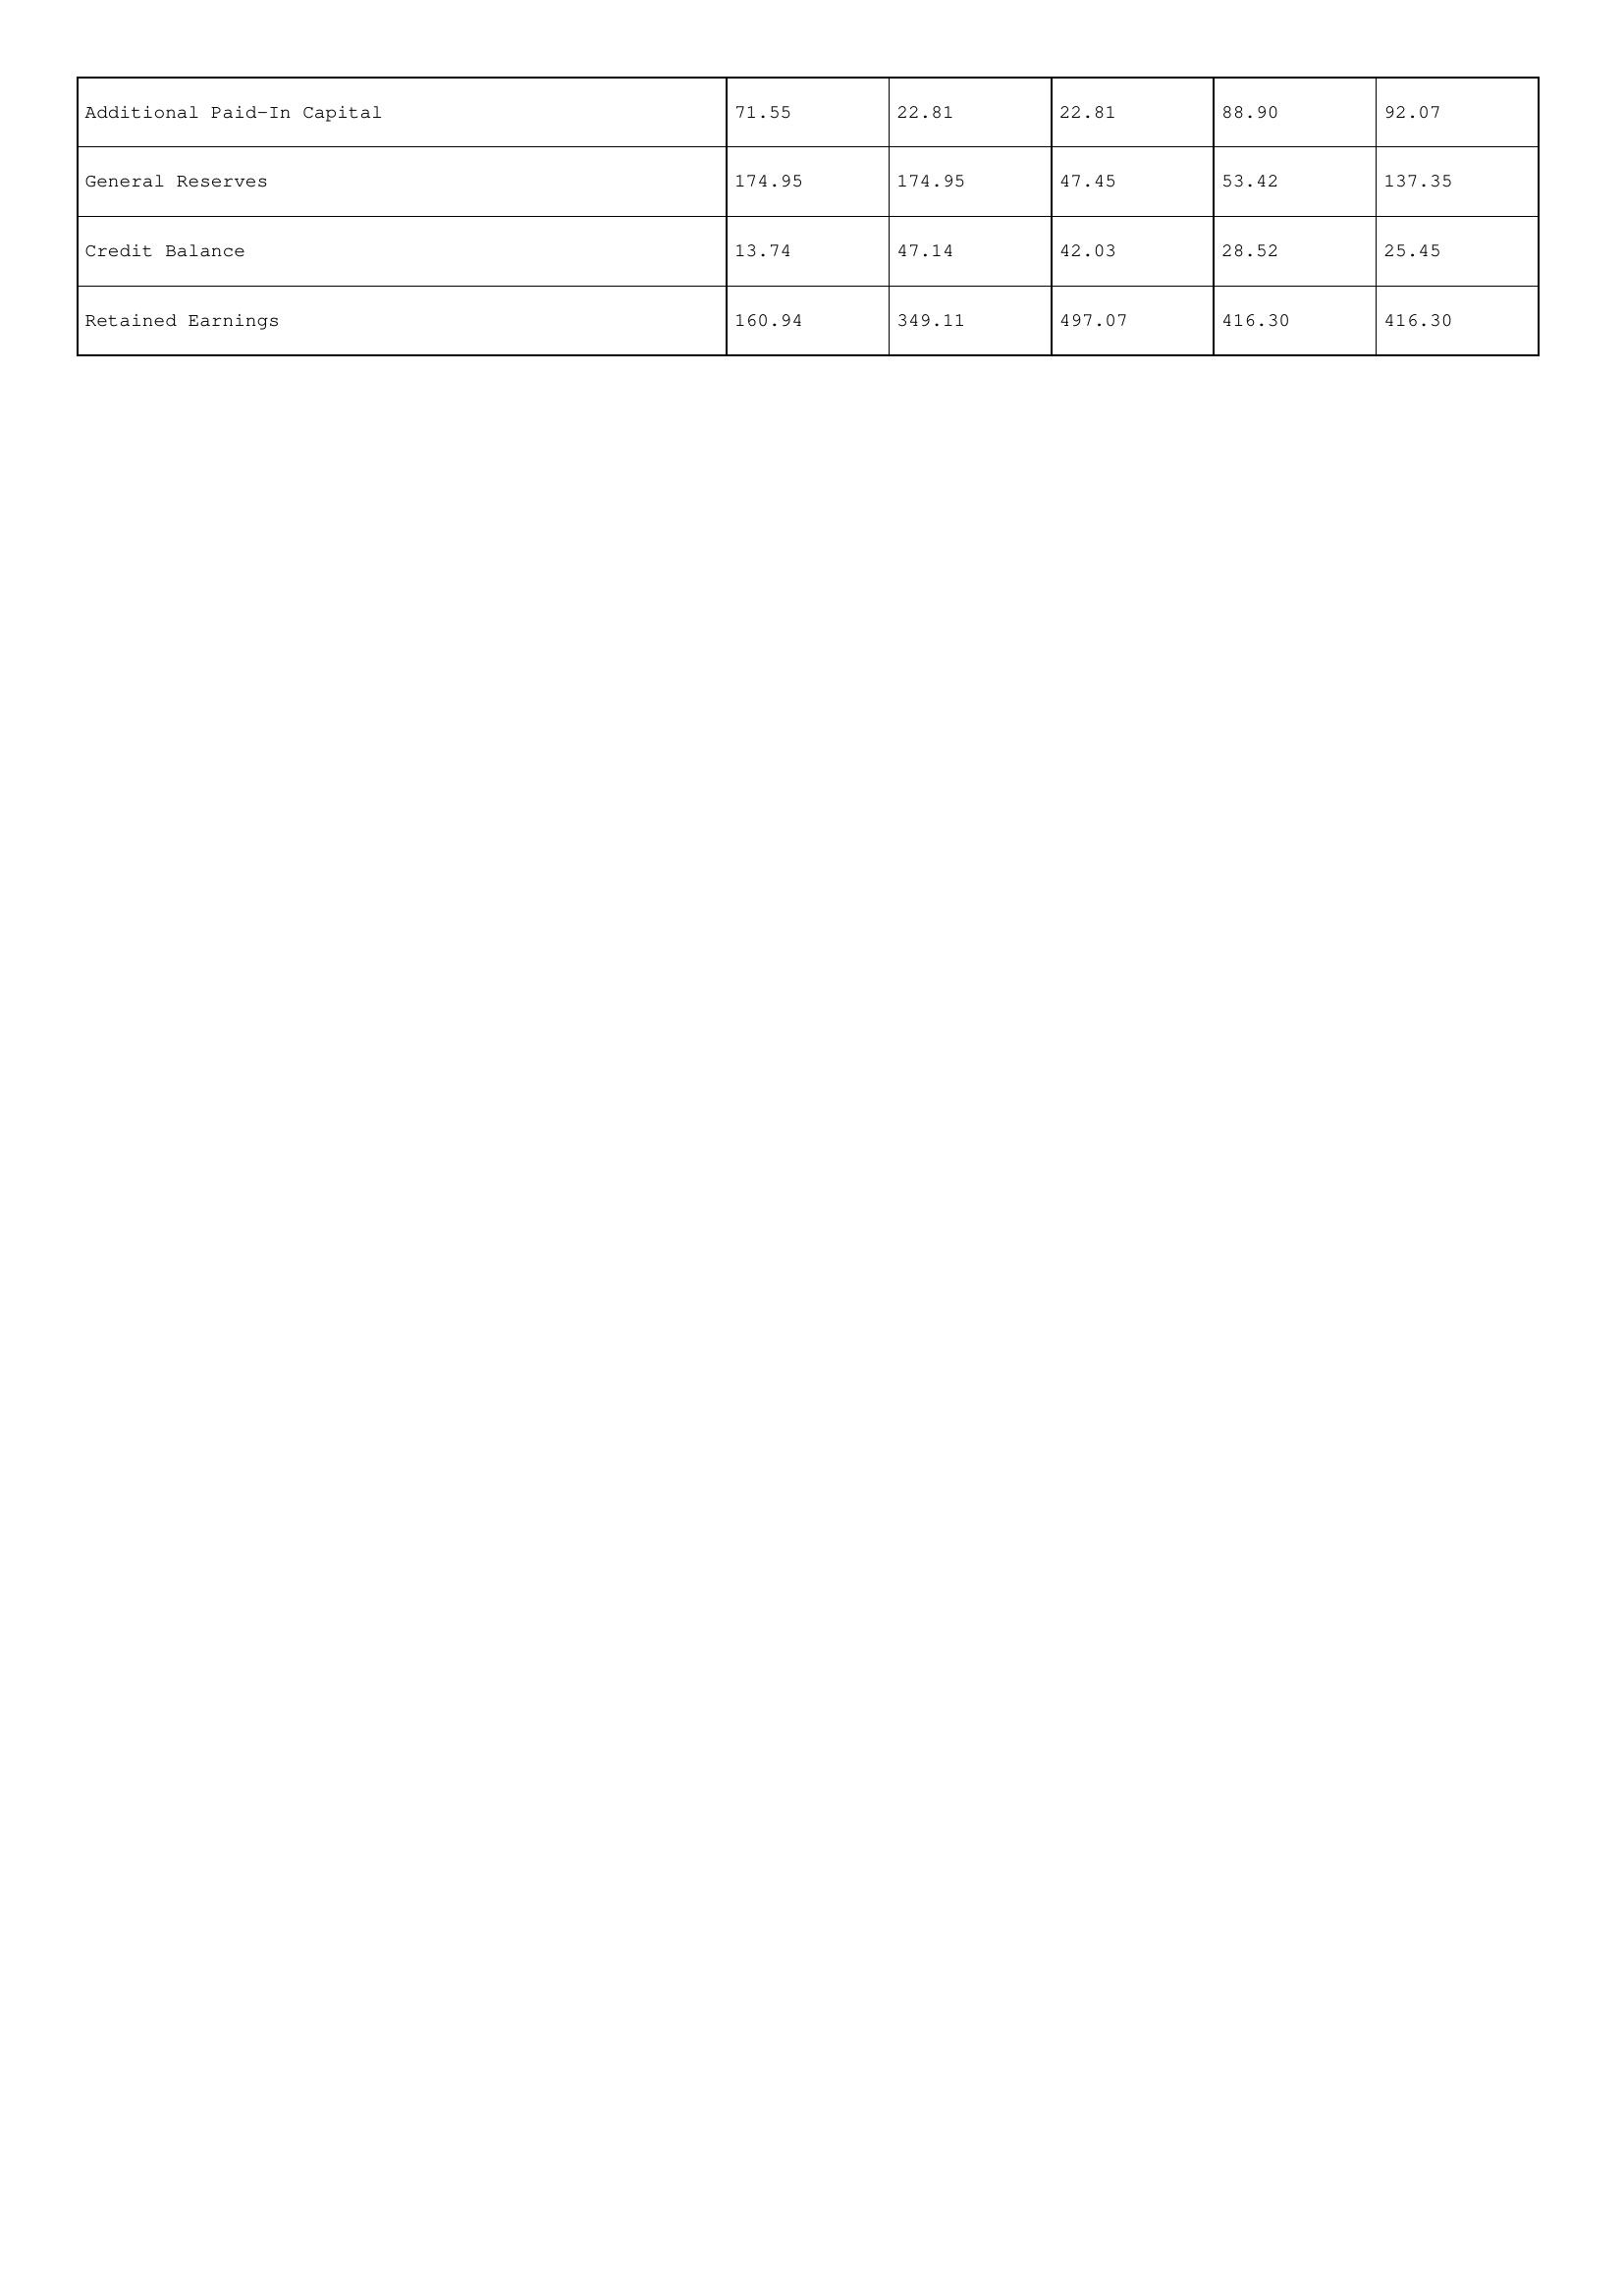
gt_parse: 1998: Additional Paid-In Capital: 71.55
General Reserves: 174.95
Credit Balance: 13.74
Retained Earnings: 160.94
1997: Additional Paid-In Capital: 22.81
General Reserves: 174.95
Credit Balance: 47.14
Retained Earnings: 349.11
1996: Additional Paid-In Capital: 22.81
General Reserves: 47.45
Credit Balance: 42.03
Retained Earnings: 497.07
1995: Additional Paid-In Capital: 88.90
General Reserves: 53.42
Credit Balance: 28.52
Retained Earnings: 416.30
1994: Additional Paid-In Capital: 92.07
General Reserves: 137.35
Credit Balance: 25.45
Retained Earnings: 416.30